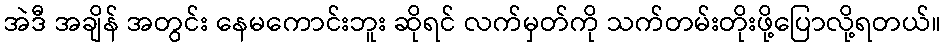
အဲဒီ အချိန် အတွင်း နေမကောင်းဘူး ဆိုရင် လက်မှတ်ကို သက်တမ်းတိုးဖို့ပြောလို့ရတယ်။